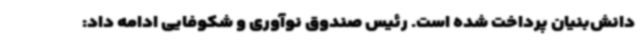
دانش‌بنیان پرداخت شده است. رئیس صندوق نوآوری و شکوفایی ادامه داد: